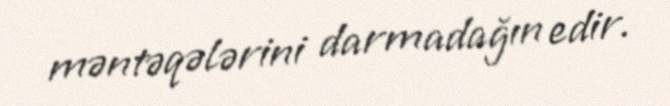
məntəqələrini darmadağın edir.